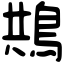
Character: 䳍